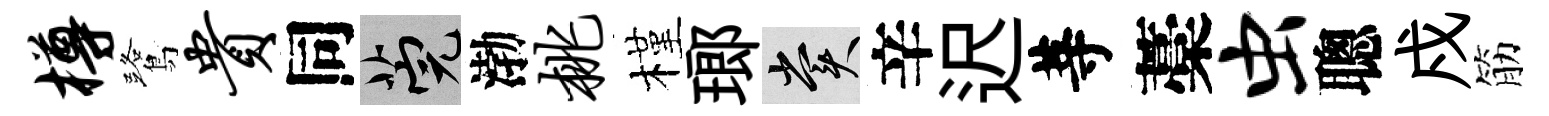
樽鷺贵同筦渤桃槿瑯賞辛迟䓁藁虫聰戍筋